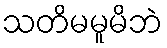
သတိမမူမိဘဲ